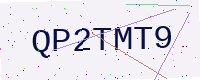
Text: QP2TMT9